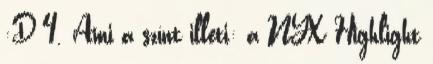
:D 4. Ami a színt illeti: a NYX Highlight